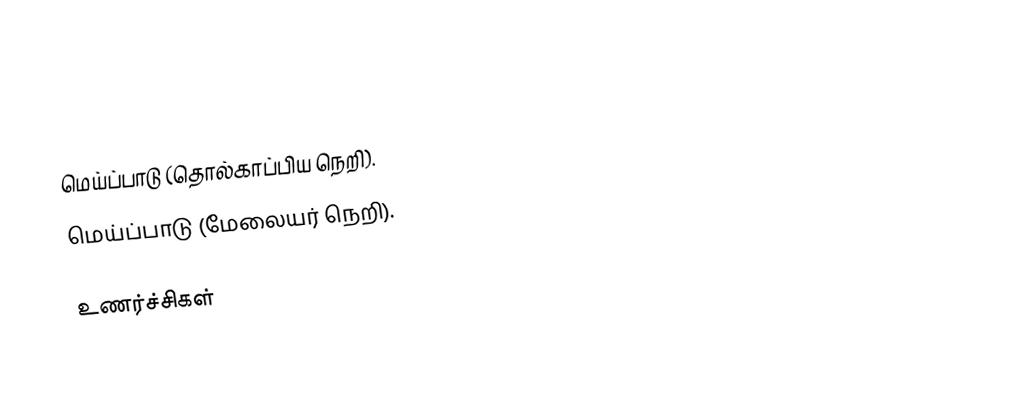
மெய்ப்பாடு (தொல்காப்பிய நெறி).
 மெய்ப்பாடு (மேலையர் நெறி).

உணர்ச்சிகள்